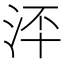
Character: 𣳶